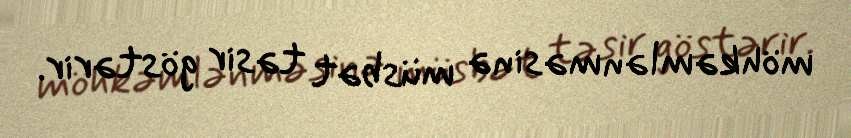
möhkəmlənməsinə müsbət təsir göstərir.